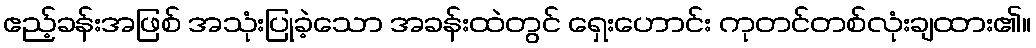
ဧည့်ခန်းအဖြစ် အသုံးပြုခဲ့သော အခန်းထဲတွင် ရှေးဟောင်း ကုတင်တစ်လုံးချထား၏။